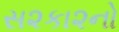
સ૨કા૨નો